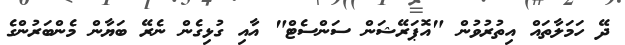
ދޭ ހަމަލާތައް އިތުރުވުން "އޮޕަރޭޝަން ސަންސެޓް" އާއި ގުޅިގެން ނެރޭ ބަޔާން މެންބަރުންގެ